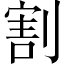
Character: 割